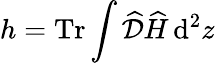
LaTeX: h=\operatorname{Tr}\int\widehat{\cal D}\widehat{H}\, \mathrm{d}^{2}z